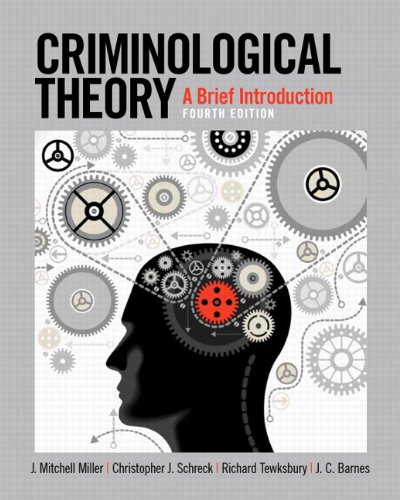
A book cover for Criminological Theory: A Brief Introduction (4th Edition); J. Mitchell Miller; Law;